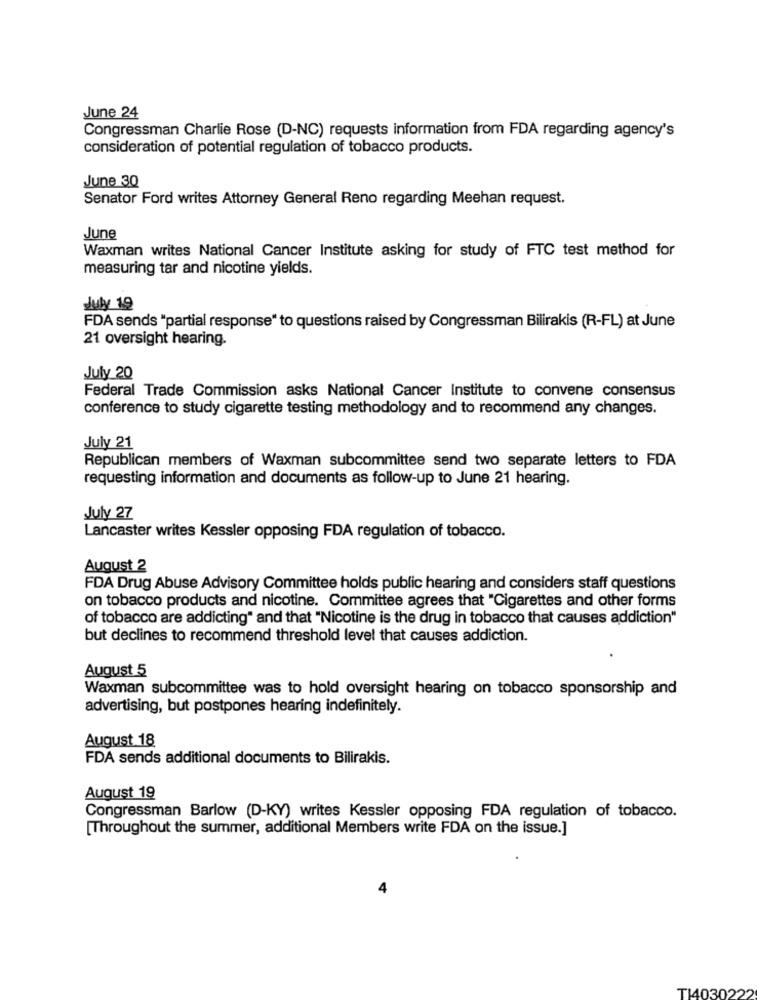
June 24
Congressman Charlie Rose (D-NC) requests information from FDA regarding agency's
consideration of potential regulation of tobacco products.
June 30
Senator Ford writes Attorney General Reno regarding Meehan request.
June
Waxman writes National Cancer Institute asking for study of FTC test method for
measuring tar and nicotine yields.
July 19
FDA sends "partial response" to questions raised by Congressman Bilirakis (R-FL) at June
21 oversight hearing.
July 20
Federal Trade Commission asks National Cancer Institute to convene consensus
conference to study cigarette testing methodology and to recommend any changes.
July 21
Republican members of Waxman subcommittee send two separate letters to FDA
requesting information and documents as follow-up to June 21 hearing.
July 27
Lancaster writes Kessler opposing FDA regulation of tobacco.
August 2
FDA Drug Abuse Advisory Committee holds public hearing and considers staff questions
on tobacco products and nicotine. Committee agrees that "Cigarettes and other forms
of tobacco are addicting" and that "Nicotine is the drug in tobacco that causes addiction"
but declines to recommend threshold level that causes addiction.
August 5
Waxman subcommittee was to hold oversight hearing on tobacco sponsorship and
advertising, but postpones hearing indefinitely.
August 18
FDA sends additional documents to Bilirakis.
August 19
Congressman Barlow (D-KY) writes Kessler opposing FDA regulation of tobacco.
[Throughout the summer, additional Members write FDA on the issue.]
T14030222